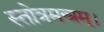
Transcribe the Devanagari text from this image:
स्तोत्रमन्त्रम्।